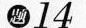
题14